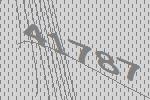
41787